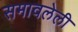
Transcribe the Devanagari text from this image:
समावलेली